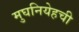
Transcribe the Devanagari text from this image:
मुघनियेहची